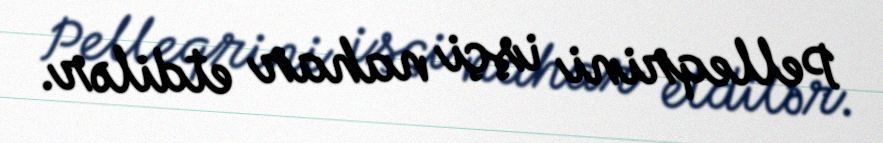
Pelleqrini işçi nahar etdilər.